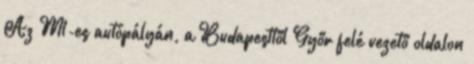
Az M1-es autópályán, a Budapesttől Győr felé vezető oldalon